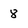
Character: 8